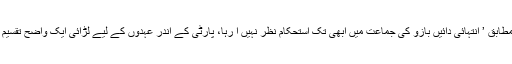
جرمن زرائع ابلاگ کے مطابق ’ انتہائی دائیں بازو کی جماعت میں ابھی تک استحکام نظر نہیں آ رہا، پارٹی کے اندر عہدوں کے لیے لڑائی ایک واضح تقسیم کی نشاندہی کر رہی ہے۔